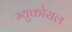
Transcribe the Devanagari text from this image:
म्युकोसल